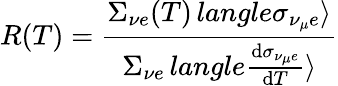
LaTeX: R(T)=\frac{\Sigma_{{\nu}e}(T)\, langle\sigma_{{\nu_{\mu}}e}\rangle}{\Sigma_{{\nu}e}\, langle\frac{\mathrm{d}\sigma_{{\nu_{\mu}}e}}{\mathrm{d}T}\rangle}